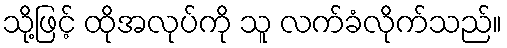
သို့ဖြင့် ထိုအလုပ်ကို သူ လက်ခံလိုက်သည်။